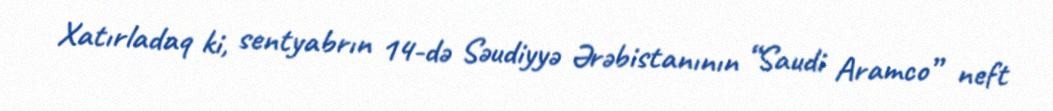
Xatırladaq ki, sentyabrın 14-də Səudiyyə Ərəbistanının “Saudi Aramco” neft